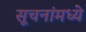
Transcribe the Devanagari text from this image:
सूचनांमध्ये